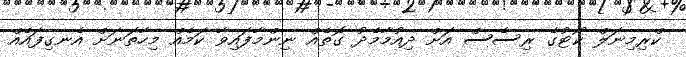
ކްރިމިނަލް ކޯޓުގެ ރިސެސް އަށް ދިއުމާމެދު ގޮތެއް ނިންމާފައިވާ ކަމެއް މިހާތަނަށް އެނގިފައެއް